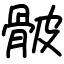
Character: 骳